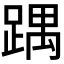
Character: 𮛵